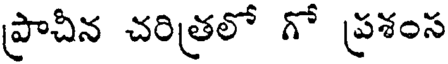
ప్రాచీన చరిత్రలో గో ప్రశంస